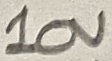
Text: 10V